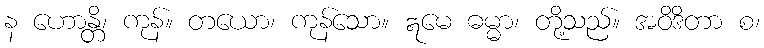
န ဟောန္တိ၊ ကုန်။ တယော၊ ကုန်သော။ ဣမေ ဓမ္မာ၊ တို့သည်။ အဝိဒိတာ စ၊